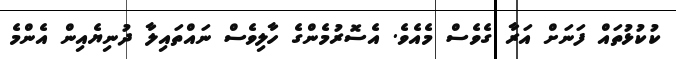
ކުކުޅުތައް ފަނަށް އަރާ ގެވެސް މެއެވެ. އެސޮރުމެންގެ ހާލިވެސް ނައްތައިލާ ދުނިޔެއިން އެންމެ